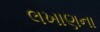
લખાણના